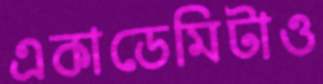
একাডেমিটাও